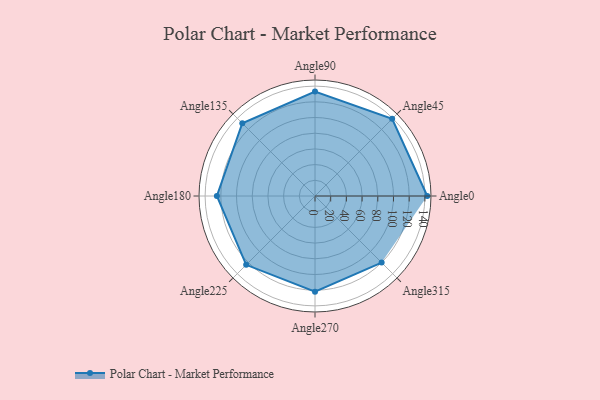
{"axis": {"x": "Angle", "y": "Radius"}, "legend": [""], "data": [{"x": "Angle0", "y": 143.0, "type": ""}, {"x": "Angle45", "y": 139.0, "type": ""}, {"x": "Angle90", "y": 133.0, "type": ""}, {"x": "Angle135", "y": 131.0, "type": ""}, {"x": "Angle180", "y": 125.0, "type": ""}, {"x": "Angle225", "y": 124.0, "type": ""}, {"x": "Angle270", "y": 122.0, "type": ""}, {"x": "Angle315", "y": 120.0, "type": ""}]}